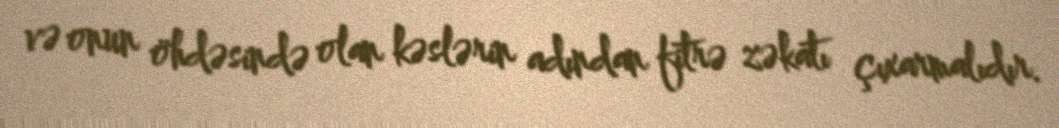
və onun öhdəsində olan kəslərin adından fitrə zəkatı çıxarmalıdır.